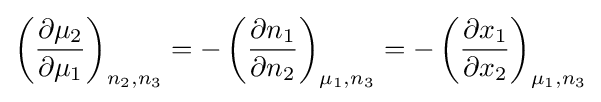
\left({\frac {\partial \mu _{2}}{\partial \mu _{1}}}\right)_{n_{2},n_{3}}=-\left({\frac {\partial n_{1}}{\partial n_{2}}}\right)_{\mu _{1},n_{3}}=-\left({\frac {\partial x_{1}}{\partial x_{2}}}\right)_{\mu _{1},n_{3}}